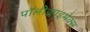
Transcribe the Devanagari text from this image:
पॉलीक्लाइमेक्स